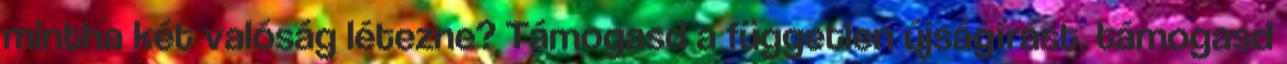
mintha két valóság létezne? Támogasd a független újságírást, támogasd